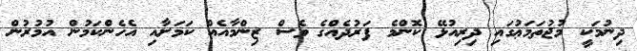
ދިނުމަކީ މުޖުތަމަޢުގައި ދިރިއުޅޭ ކޮންމެ ފަރުދެއްގެ ވެސް ޒިންމާއެއް ކަމަށާއި އެހެންކަމުން އުމުރުން